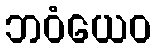
ဘဝံယေဝ